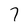
Character: 7